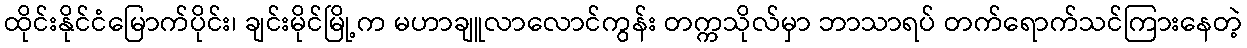
ထိုင်းနိုင်ငံမြောက်ပိုင်း၊ ချင်းမိုင်မြို့က မဟာချူလာလောင်ကွန်း တက္ကသိုလ်မှာ ဘာသာရပ် တက်ရောက်သင်ကြားနေတဲ့